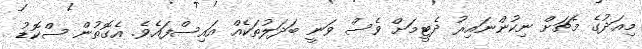
މިއަދުގެ މެޗަށް ނިކުންނައިރު ދެޓީމަށް ވެސް ވަނީ ބަދަލުތަކެއް އައިސްފައެވެ. އެގޮތުން ސްކޮޑު